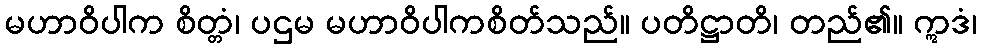
မဟာဝိပါက စိတ္တံ၊ ပဌမ မဟာဝိပါကစိတ်သည်။ ပတိဋ္ဌာတိ၊ တည်၏။ ဣဒံ၊